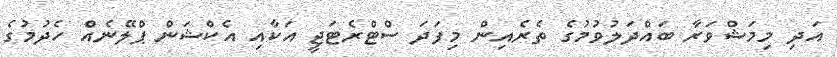
އަދި މިމަޝްވަރާ ބައްދަލުވުމުގެ ތެރެއިން މިފަދަ ސްޓްރެޓަޖީ އަކާއި އެކްޝަން ޕްލޭނެއް ހެދުމުގެ